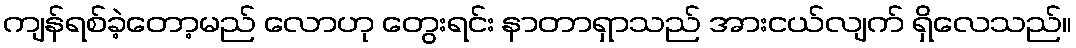
ကျန်ရစ်ခဲ့တော့မည် လောဟု တွေးရင်း နာတာရှာသည် အားငယ်လျက် ရှိလေသည်။